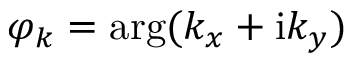
\varphi _ { k } = \arg ( k _ { x } + \mathrm { i } k _ { y } )